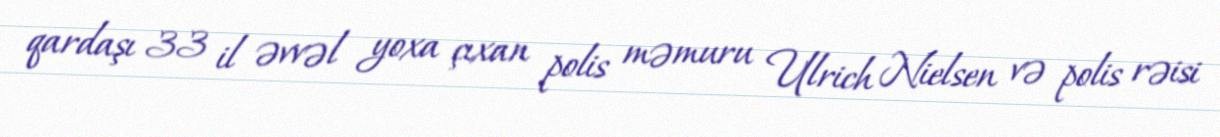
qardaşı 33 il əvvəl yoxa çıxan polis məmuru Ulrich Nielsen və polis rəisi